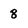
Character: 8